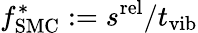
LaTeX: f_{\mathrm{SMC}}^{*}:=s^{\mathrm{rel}}/t_{\mathrm{vib}}